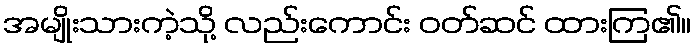
အမျိုးသားကဲ့သို့ လည်းကောင်း ဝတ်ဆင် ထားကြ၏။